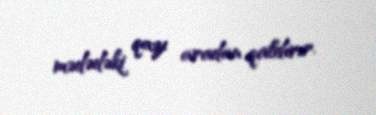
mədədəki qazı aradan qaldırır.